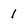
Character: 1